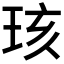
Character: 𪻞